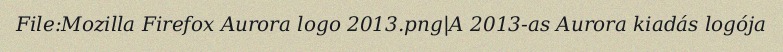
File:Mozilla Firefox Aurora logo 2013.png|A 2013-as Aurora kiadás logója